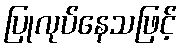
ပြုလုပ်နေသဖြင့်